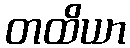
တထိယာ